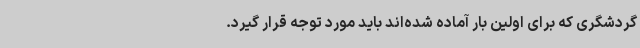
گردشگری که برای اولین بار آماده شده‌اند باید مورد توجه قرار گیرد.